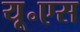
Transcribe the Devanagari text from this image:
यू॰एस